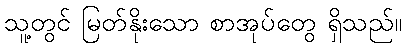
သူ့တွင် မြတ်နိုးသော စာအုပ်တွေ ရှိသည်။